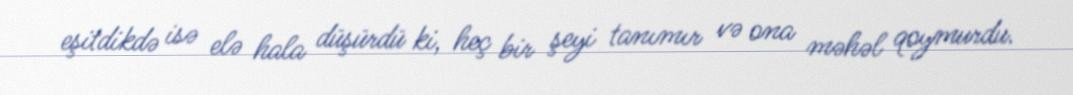
eşitdikdə isə elə hala düşürdü ki, heç bir şeyi tanımır və ona məhəl qoymurdu.